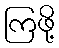
ကြဖို့